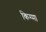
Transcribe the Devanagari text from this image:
किग्मा